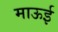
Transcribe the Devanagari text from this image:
माऊई